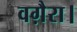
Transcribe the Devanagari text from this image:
वग़ैरा।